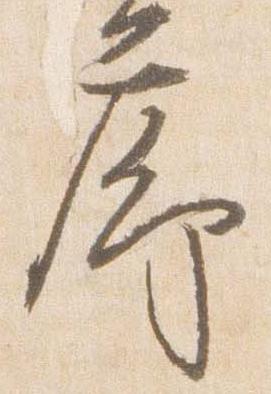
廊